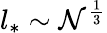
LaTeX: l_{*}\sim\mathcal{N}^{\frac{{1}}{{3}}}